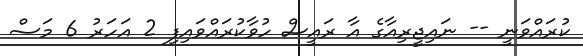
ކުރައްވަނީ -- ނައިޖީރިއާގެ އާ ރައީސް ހުވާކުރައްވައިފި 2 އަހަރު 6 މަސް